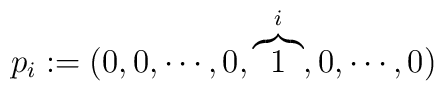
p_{i} := (0,0,\cdots,0,\overbrace{1}^{i},0,\cdots,0)